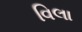
વિલા